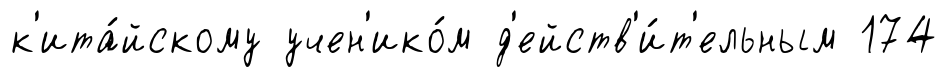
к'ита́йскому учен'ико́м д'ейств'и́т'ельным 174